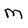
Character: M